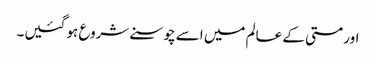
اور مستی کے عالم میں اسے چوسنے شروع ہو گئیں۔